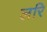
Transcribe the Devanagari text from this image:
लरि